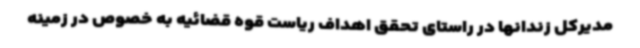
مدیرکل زندانها در راستای تحقق اهداف ریاست قوه قضائیه به خصوص در زمینه